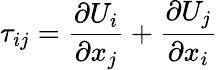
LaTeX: \tau_{ij}=\frac{\partial U_{i}}{\partial x_{j}}+\frac{\partial U_{j}}{\partial x_{i}}